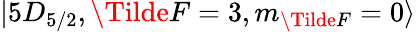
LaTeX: \lvert 5D_{5/2},\Tilde{F}=3,m_{\Tilde{F}}=0\rangle